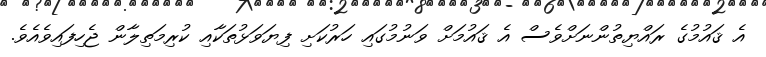
އެ ޤައުމުގެ ރައްޔިތުންނަށްވެސް އެ ޤައުމަށް ވަނުމުގައި ހަރުކަށި ފިޔަވަޅުތަކާއި ކުރިމަތިލާން ޖެހިފައިވެއެވެ.